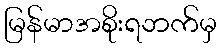
မြန်မာအစိုးရဘက်မှ